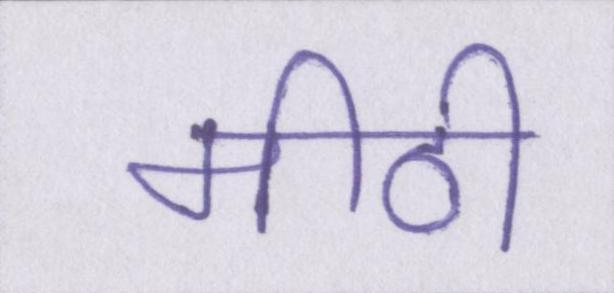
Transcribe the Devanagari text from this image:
मीठी